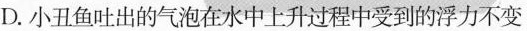
D.小丑鱼吐出的气泡在水中上升过程中受到的浮力不变